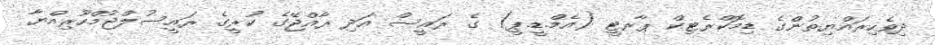
ދިވެހިރައްޔިތުންގެ ޑިމޮކްރެޓިކް ޕާރޓީ (އެމް.ޑީ.ޕީ) ގެ ރައީސް އަދި ރާއްޖޭގެ ކުރީގެ ރައީސުލްޖުމްހޫރިއްޔާ